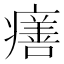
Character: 𤺪